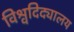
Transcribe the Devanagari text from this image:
विश्वदिद्यालय